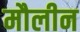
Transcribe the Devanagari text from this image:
मौलीन